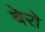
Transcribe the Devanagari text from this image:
बेरो